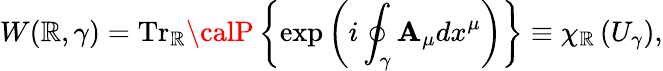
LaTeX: W(\mathbb{R},\gamma)=\mathrm{{Tr}}_{\mathbb{R}}{\calP}\left\{ \exp\left(i\oint_{\gamma}{{\mathbf{A}_{\mu}}dx^{\mu}}\right)\right\} \equiv\chi_{\mathbb{R}}\left(U_{\gamma}\right),